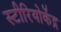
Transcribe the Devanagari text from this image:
स्टीरियोकेंद्र